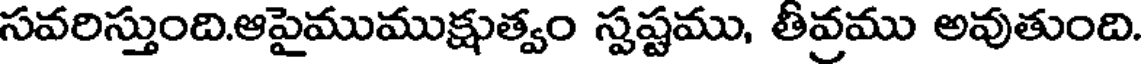
సవరిస్తుంది.ఆపైముముక్షుత్వం స్పష్టము, తీవ్రము అవుతుంది.